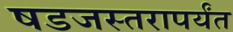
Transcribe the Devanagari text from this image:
षडजस्तरापर्यंत